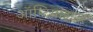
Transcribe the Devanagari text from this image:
ऑप्टिमाइझर